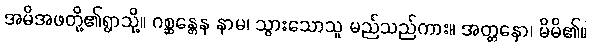
အမိအဖတို့၏ရွာသို့။ ဂစ္ဆန္တေန နာမ၊ သွားသောသူ မည်သည်ကား။ အတ္တနော၊ မိမိ၏။